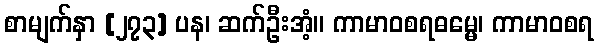
စာမျက်နှာ [၂၇၃] ပန၊ ဆက်ဦးအံ့။ ကာမာဝစရဓမ္မေ၊ ကာမာဝစရ